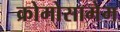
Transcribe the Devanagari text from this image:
क्रोमोसामेम